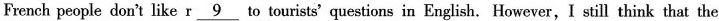
French people don't like r\underline{9} to tourists' questions in English. However,I still think that the